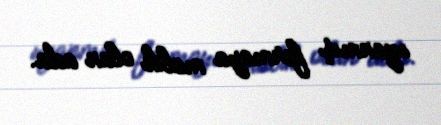
uzanmış formaya malik olan ada.